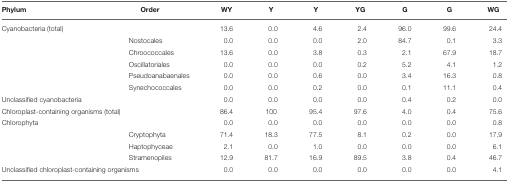
<table><thead><tr><td><b>Phylum</b></td><td><b>Order</b></td><td><b>WY</b></td><td><b>Y</b></td><td><b>Y</b></td><td><b>YG</b></td><td><b>G</b></td><td><b>G</b></td><td><b>WG</b></td></tr></thead><tbody><tr><td colspan="2">Cyanobacteria (total)</td><td>13.6</td><td>0.0</td><td>4.6</td><td>2.4</td><td>96.0</td><td>99.6</td><td>24.4</td></tr><tr><td></td><td>Nostocales</td><td>0.0</td><td>0.0</td><td>0.0</td><td>2.0</td><td>84.7</td><td>0.1</td><td>3.3</td></tr><tr><td></td><td>Chroococcales</td><td>13.6</td><td>0.0</td><td>3.8</td><td>0.3</td><td>2.1</td><td>67.9</td><td>18.7</td></tr><tr><td></td><td>Oscillatoriales</td><td>0.0</td><td>0.0</td><td>0.0</td><td>0.2</td><td>5.2</td><td>4.1</td><td>1.2</td></tr><tr><td></td><td>Pseudoanabaenales</td><td>0.0</td><td>0.0</td><td>0.6</td><td>0.0</td><td>3.4</td><td>16.3</td><td>0.8</td></tr><tr><td></td><td>Synechococcales</td><td>0.0</td><td>0.0</td><td>0.2</td><td>0.0</td><td>0.1</td><td>11.1</td><td>0.4</td></tr><tr><td colspan="2">Unclassified cyanobacteria</td><td>0.0</td><td>0.0</td><td>0.0</td><td>0.0</td><td>0.4</td><td>0.2</td><td>0.0</td></tr><tr><td colspan="2">Chloroplast-containing organisms (total)</td><td>86.4</td><td>100</td><td>95.4</td><td>97.6</td><td>4.0</td><td>0.4</td><td>75.6</td></tr><tr><td colspan="2">Chlorophyta</td><td>0.0</td><td>0.0</td><td>0.0</td><td>0.0</td><td>0.0</td><td>0.0</td><td>0.8</td></tr><tr><td></td><td>Cryptophyta</td><td>71.4</td><td>18.3</td><td>77.5</td><td>8.1</td><td>0.2</td><td>0.0</td><td>17.9</td></tr><tr><td></td><td>Haptophyceae</td><td>2.1</td><td>0.0</td><td>1.0</td><td>0.0</td><td>0.0</td><td>0.0</td><td>6.1</td></tr><tr><td></td><td>Stramenopiles</td><td>12.9</td><td>81.7</td><td>16.9</td><td>89.5</td><td>3.8</td><td>0.4</td><td>46.7</td></tr><tr><td colspan="2">Unclassified chloroplast-containing organisms</td><td>0.0</td><td>0.0</td><td>0.0</td><td>0.0</td><td>0.0</td><td>0.0</td><td>4.1</td></tr></tbody></table>